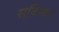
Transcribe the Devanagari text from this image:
सकिफा